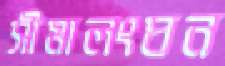
সীমালংঘন